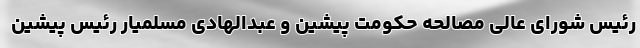
رئیس شورای عالی مصالحه حکومت پیشین و عبدالهادی مسلمیار رئیس پیشین